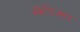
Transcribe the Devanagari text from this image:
स्कैफिक्सर